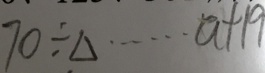
7 0 \div \Delta \cdots a + 1 9